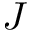
J